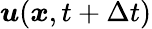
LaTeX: \boldsymbol{u}(\boldsymbol{x},t+\Delta{t})